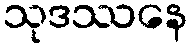
သုဒဿနေ